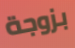
بزوجة